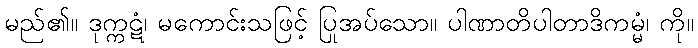
မည်၏။ ဒုက္ကဋံ၊ မကောင်းသဖြင့် ပြုအပ်သော။ ပါဏာတိပါတာဒိကမ္မံ၊ ကို။